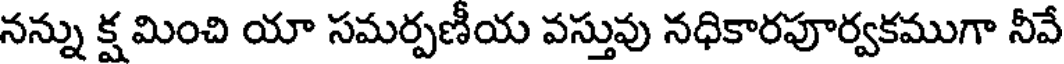
నన్ను క్ష మించి యా సమర్పణీయ వస్తువు నధికారపూర్వకముగా నీవే